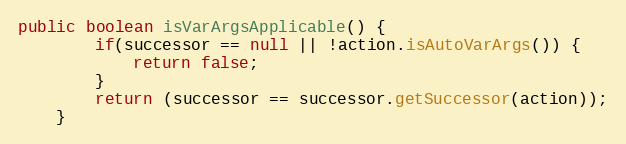
Language: Java
public boolean isVarArgsApplicable() {
		if(successor == null || !action.isAutoVarArgs()) {
			return false;
		}
		return (successor == successor.getSuccessor(action));
	}